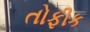
તોફીક